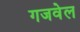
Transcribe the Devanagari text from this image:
गजवेल